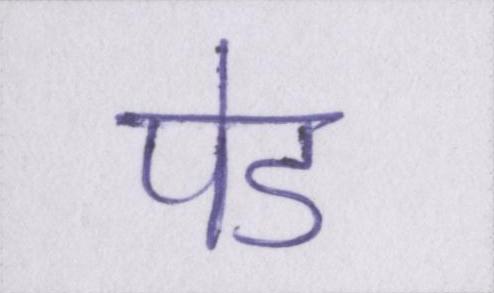
पेड